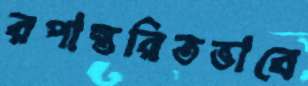
রপান্তরিতভাবে